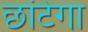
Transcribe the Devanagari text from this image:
छांटेगा